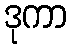
ဒုကာ